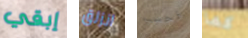
إبقي انزلق فحسب كما